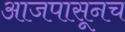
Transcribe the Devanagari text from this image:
आजपासूनच